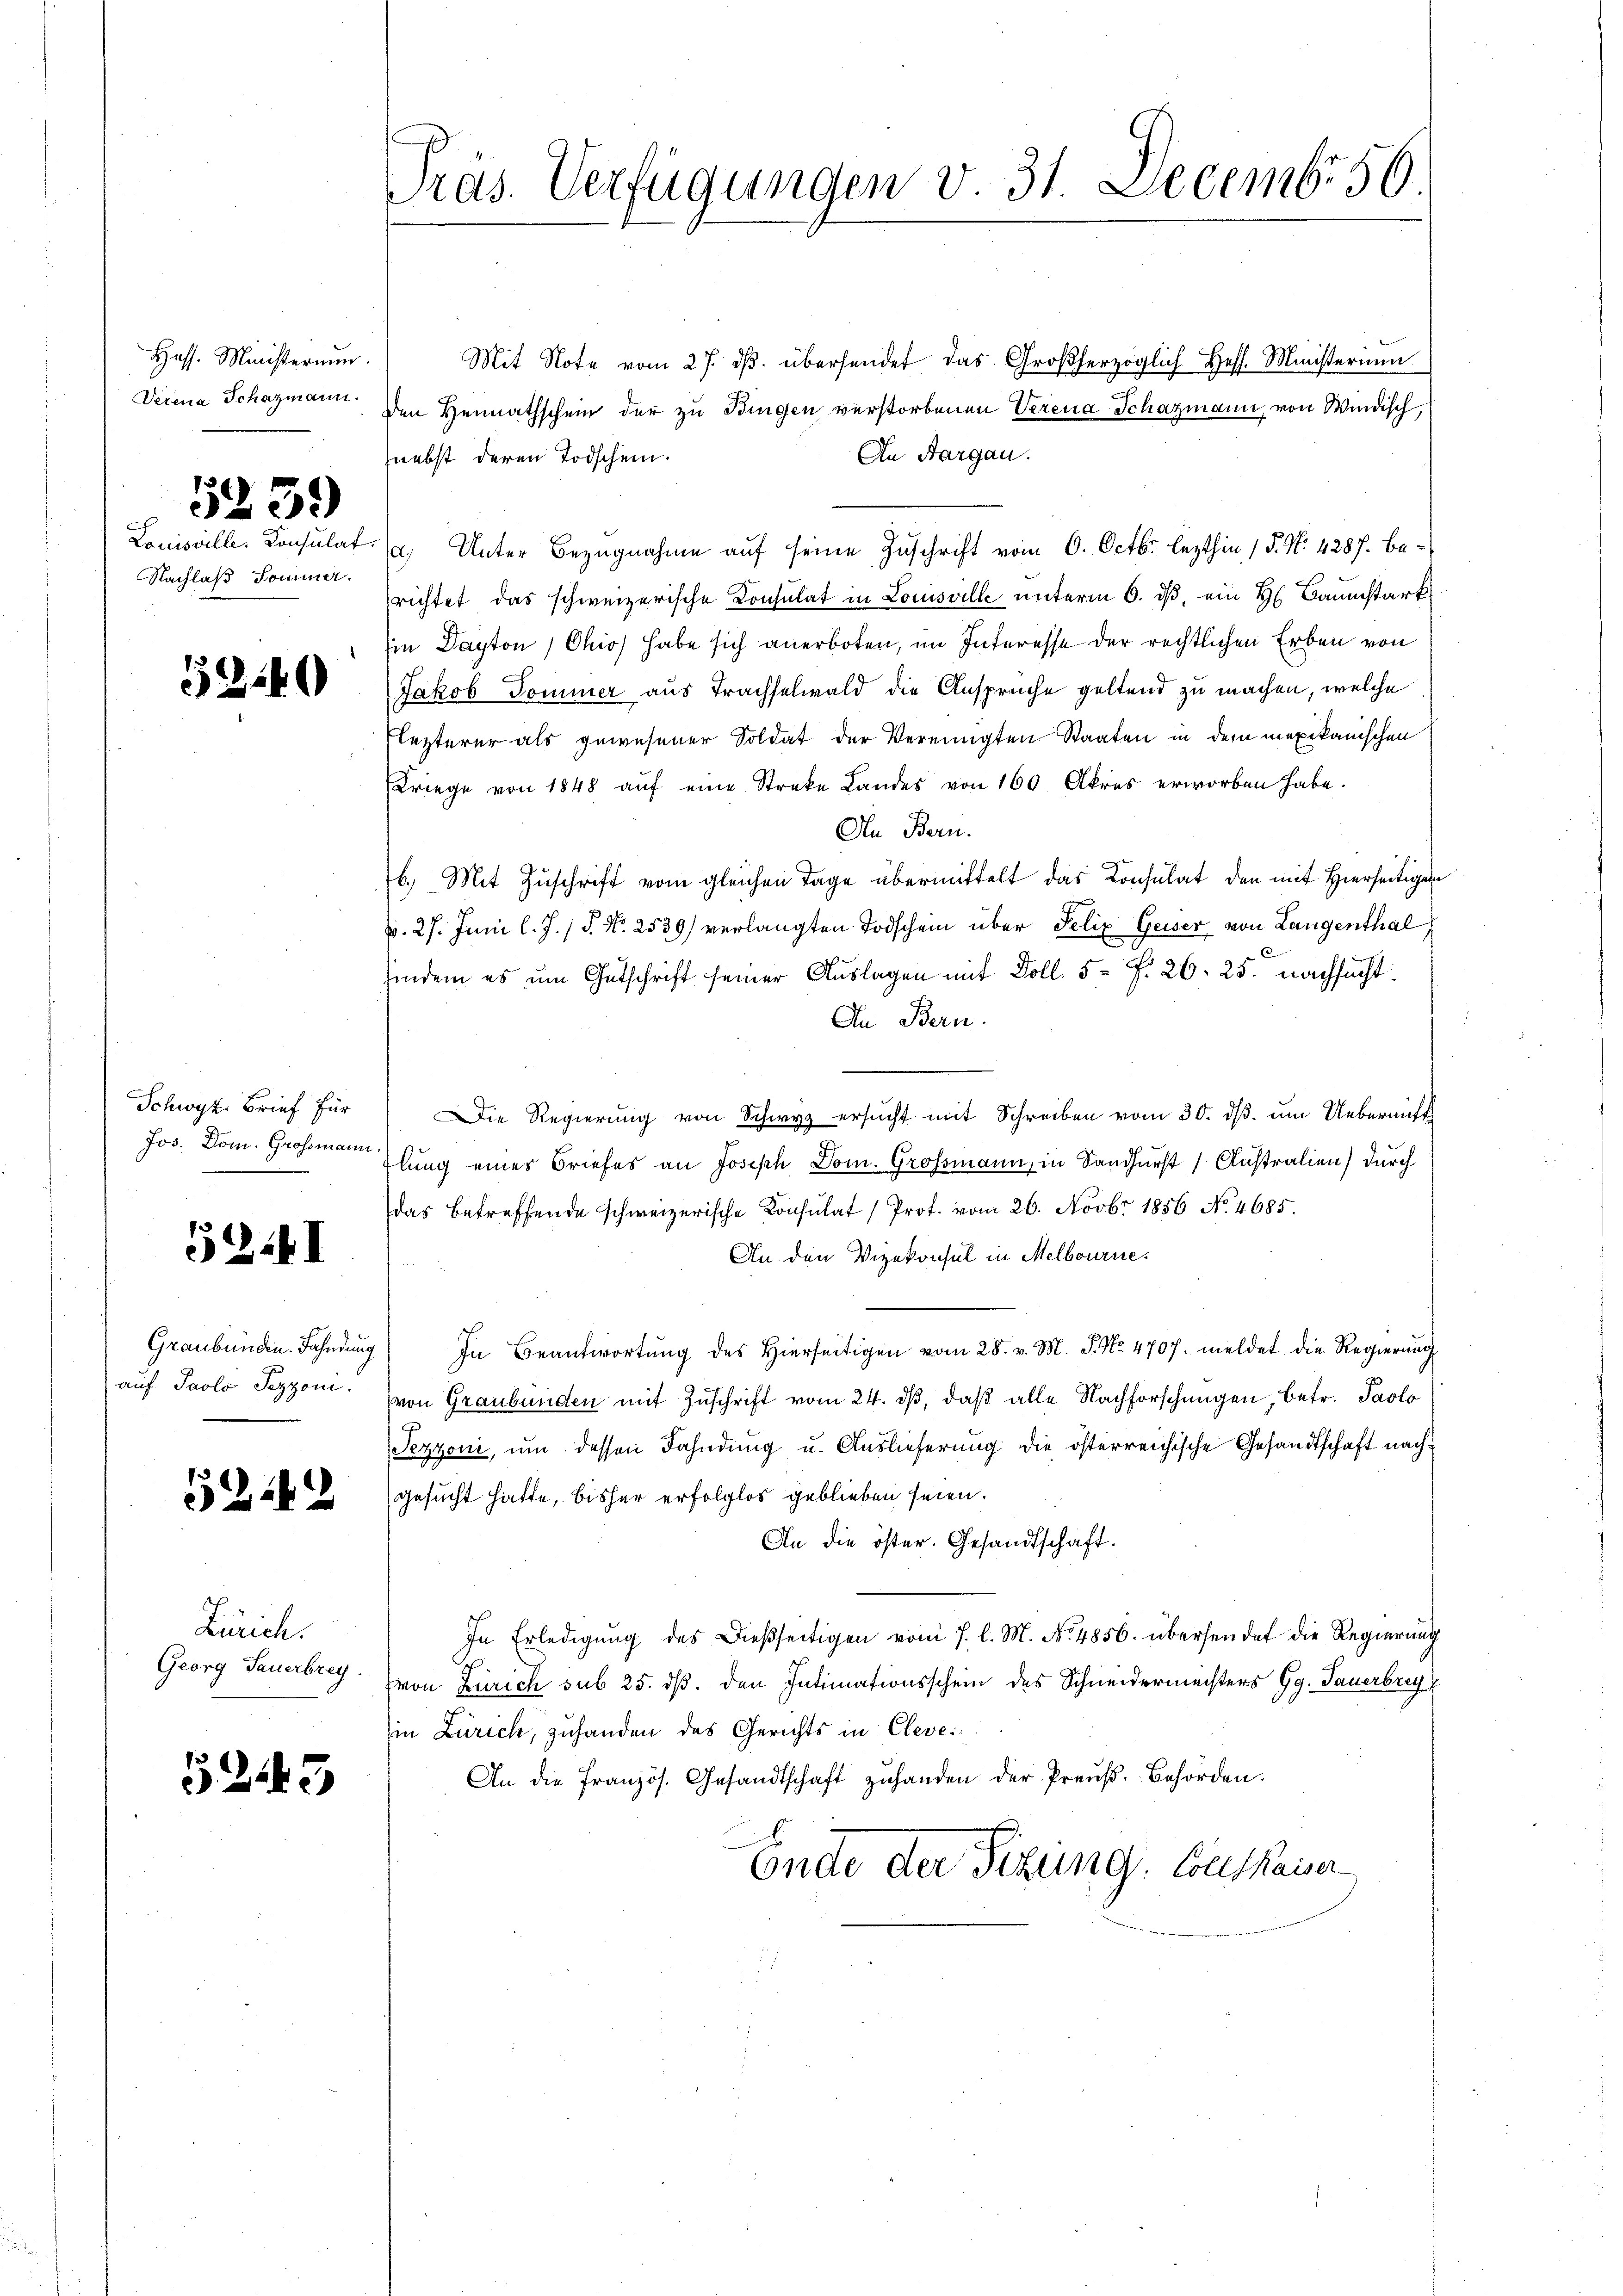
Hass. Ministerium.
Derena Schazmann.

5239)

Nachlaß Sommer.

53.40

Schwyz, Brief für
Jos. Dom. Grossmann.

52. I

auf Paolo Pezzoni.

5242

Zürich.
Georg Sauerbrey.

2443

Pras. Verfügungen v. 31. Decembr 56.

Mit Note vom 27. dβ. übersendet das Großherzoglich Hess. Ministerium
Den Heimathschein der zu Bingen verstorbenen Verena Schazmann, von Windisch,
An Aargau.
nebst deren Todschein.
Louisville. Consulat (u. Unter Bezugnahme auf seine Zuschrift vom 6. Octbr. lezthin 1 S. Nr. 4287. berichtet das schweizerische Consulat in Louisville unterm 6. ds, ein H. Baumstark
in Dapton, Ohio habe sich anerboten, im Interesse der rechtlichen Erben von
Jakob Tominer aus Trachselwald die Ansprüche geltend zu machen, welche
Flezterer als gewesener Soldat der Vereinigten Staaten in dem mexikanischen
Kriege von 1848 auf eine Streke Landes von 160 Akres erworben habe.
In Bern.
b. Mit Zuschrift vom gleichen Tage übermittelt das Consulat den mit Hierseitigen
v. 27. Juni l. J. / P. Nr. 2539) verlangten Todschein über Felix Geiser von Langenthal
hindem es um Entschrift seiner Auslagen mit Doll. 5 f. 26. 25. nachsucht:
In Bern.
Die Regierung von Schwyz ersŭcht mit Schreiben vom 30. dβ. um Uebernicht
lung eines Briefes an Joseph Dom. Grossmann, in Sandurst Australien) durch
das Betreffende schweizerische Konsulat (Prot. vom 26. Novbr 1856 No. 4685.
An den Vizekonsul in Melbourne
Graubünden. Fahndŭng) In Beantwortŭng des hierseitigen vom 28. v. M. J. No. 4707. meldet die Regierŭng
(von Graubünden mit Zuschrift vom 24. dß, daß alle Nachforschungen, betr. Paolo
F
ezzoni, um dessen Fahndung u. Auslieferung die österreichische Gesandtschaft nach
gesucht hatte, bisher erfolglos geblieben seien.
An die öster. Gesandtschaft.
In Erledigŭng des Dießseitigen vom 7. l. M. No. 4856. übersendet die Regierung
von Zürich sub 25. ds. den Intimationsschein des Schneidermeisters Gg. Tauerbrech
in Zürich, zuhanden des Gerichts in Cleve
An die französ. Gesandtschaft zŭ handen der Preuß. Behörden.
Ende der Sitzung. Von Kaiser